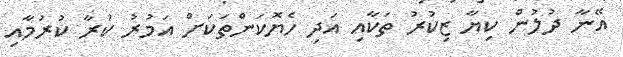
އޭނާ ދުލުން ކިޔާ ޒިކުރު ތަކާއި އަދި ހެޔޮކަންތަކަށް އަމުރު ކުރާ ކުރުމާއި